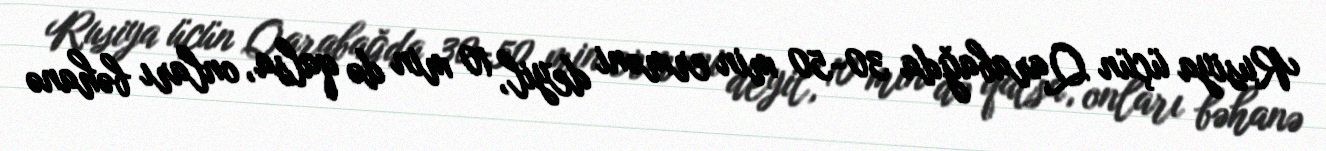
Rusiya üçün Qarabağda 30-50 min erməni deyil, 10 min də qalsa, onları bəhanə